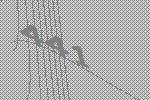
441